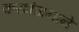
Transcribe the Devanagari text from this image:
करभंजनाने